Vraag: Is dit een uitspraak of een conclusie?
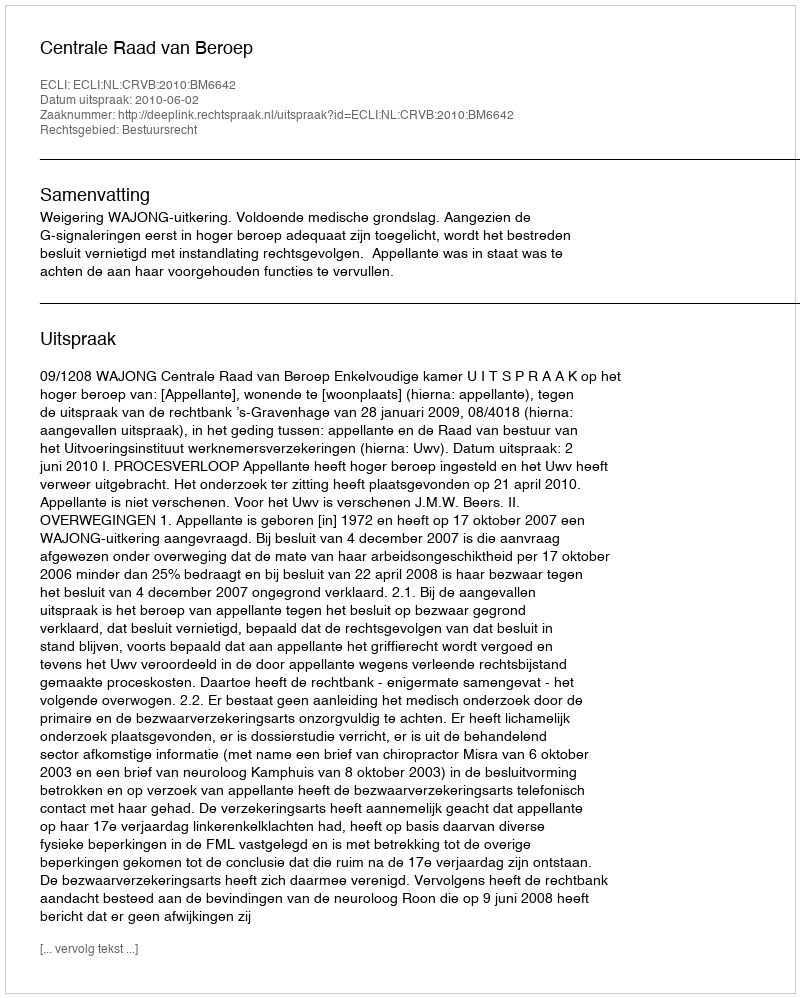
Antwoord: Uitspraak